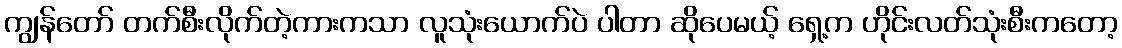
ကျွန်တော် တက်စီးလိုက်တဲ့ကားကသာ လူသုံးယောက်ပဲ ပါတာ ဆိုပေမယ့် ရှေ့က ဟိုင်းလတ်သုံးစီးကတော့